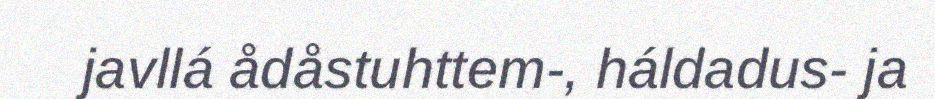
javllá ådåstuhttem-, háldadus- ja